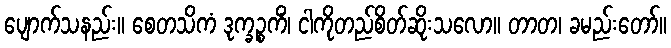
ပျောက်သနည်း။ စေတသိကံ ဒုက္ခဉ္စကိံ၊ ငါကိုတည်စိတ်ဆိုးသလော။ တာတ၊ ခမည်းတော်။